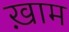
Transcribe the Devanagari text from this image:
ख़़ाम